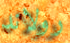
رولاند